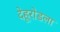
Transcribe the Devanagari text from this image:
देहूरोडला